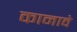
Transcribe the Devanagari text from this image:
कानावे